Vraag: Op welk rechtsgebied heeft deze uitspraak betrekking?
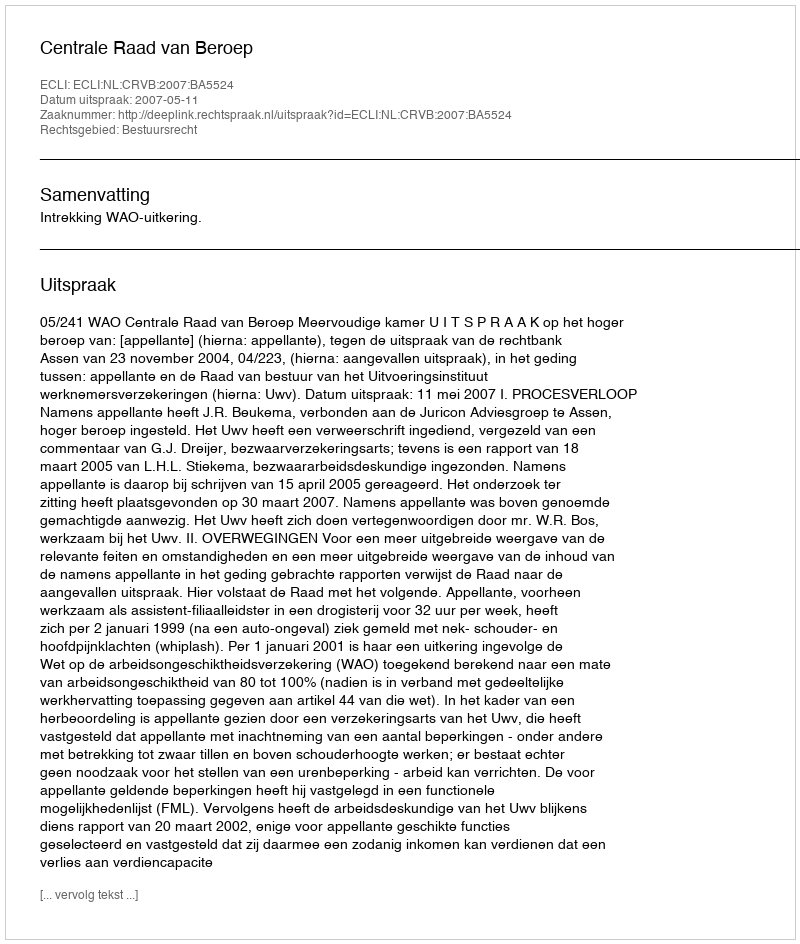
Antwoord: Bestuursrecht